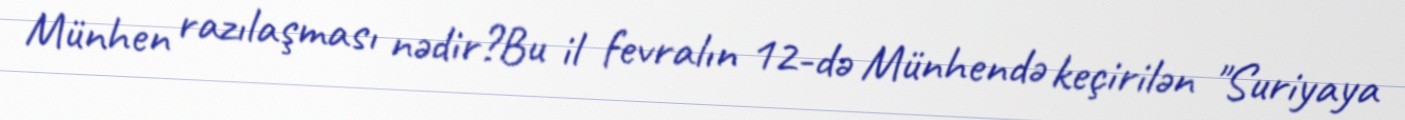
Münhen razılaşması nədir?Bu il fevralın 12-də Münhendə keçirilən "Suriyaya